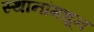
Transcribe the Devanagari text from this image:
स्थानांमधून